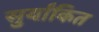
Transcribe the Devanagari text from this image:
सुर्यांकित